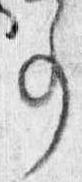
事